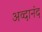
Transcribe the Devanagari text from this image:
अव्दानंद